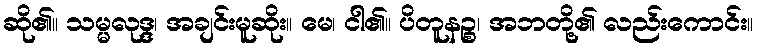
ဆို၏။ သမ္မလုဒ္ဒ၊ အချင်းမူဆိုး။ မေ၊ ငါ၏။ ပိတူနဉ္စ၊ အဘတို့၏ လည်းကောင်း။